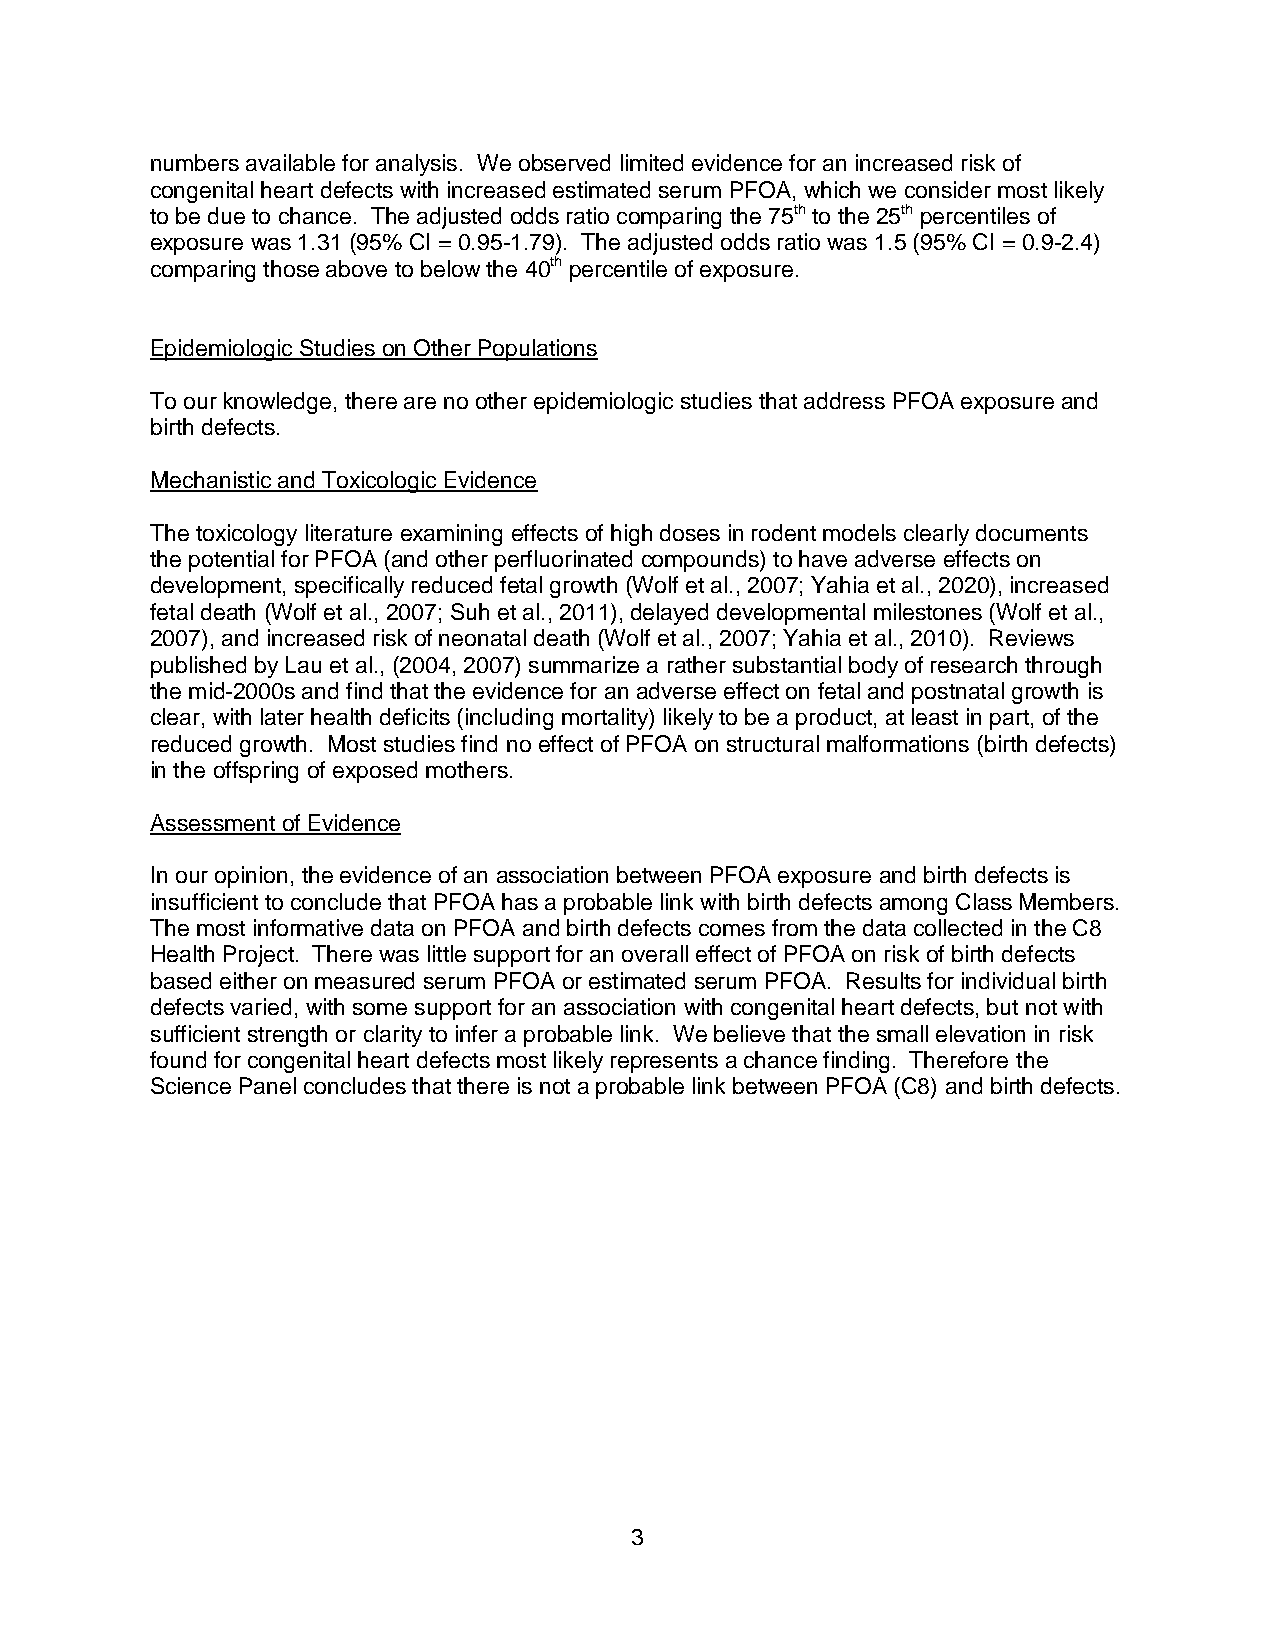
numbers available for analysis. We observed limited evidence for an increased risk of
 congenital heart defects with increased estimated serum PFOA, which we consider most likely
 to be due to chance. The adjusted odds ratio comparing the 75th to the 25th percentiles of
 exposure was 1.31 (95% CI = 0.95-1.79). The adjusted odds ratio was 1.5 (95% CI = 0.9-2.4)
 comparing those above to below the 40th percentile of exposure.
 Epidemiologic Studies on Other Populations
 To our knowledge, there are no other epidemiologic studies that address PFOA exposure and
 birth defects.
 Mechanistic and Toxicologic Evidence
 The toxicology literature examining effects of high doses in rodent models clearly documents
 the potential for PFOA (and other perfluorinated compounds) to have adverse effects on
 development, specifically reduced fetal growth (Wolf et al., 2007; Yahia et al., 2020), increased
 fetal death (Wolf et al., 2007; Suh et al., 2011), delayed developmental milestones (Wolf et al.,
 2007), and increased risk of neonatal death (Wolf et al., 2007; Yahia et al., 2010). Reviews
 published by Lau et al., (2004, 2007) summarize a rather substantial body of research through
 the mid-2000s and find that the evidence for an adverse effect on fetal and postnatal growth is
 clear, with later health deficits (including mortality) likely to be a product, at least in part, of the
 reduced growth. Most studies find no effect of PFOA on structural malformations (birth defects)
 in the offspring of exposed mothers.
 Assessment of Evidence
 In our opinion, the evidence of an association between PFOA exposure and birth defects is
 insufficient to conclude that PFOA has a probable link with birth defects among Class Members.
 The most informative data on PFOA and birth defects comes from the data collected in the C8
 Health Project. There was little support for an overall effect of PFOA on risk of birth defects
 based either on measured serum PFOA or estimated serum PFOA. Results for individual birth
 defects varied, with some support for an association with congenital heart defects, but not with
 sufficient strength or clarity to infer a probable link. We believe that the small elevation in risk
 found for congenital heart defects most likely represents a chance finding. Therefore the
 Science Panel concludes that there is not a probable link between PFOA (C8) and birth defects.
 3